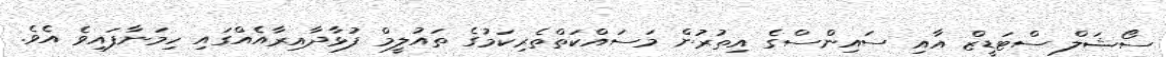
ސޯޝަލް ސްޓަޑީޒް އާއި ސައިންސްގެ އިތުރުން މަސައްކަތްތެރިކަމުގެ ތައުލީމް ފުޅާދާއިރާއެއްގައި ހިމަނާފައިވެ އެވެ.